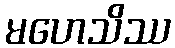
မဟေသိဿ